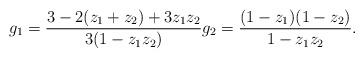
LaTeX: \begin{align*} g_1 = \frac{3-2(z_1+z_2) + 3z_1z_2}{3(1-z_1z_2)} g_2= \frac{(1-z_1)(1-z_2)}{1-z_1z_2}.\end{align*}